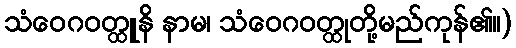
သံဝေဂဝတ္ထူနိ နာမ၊ သံဝေဂဝတ္ထုတို့မည်ကုန်၏။)